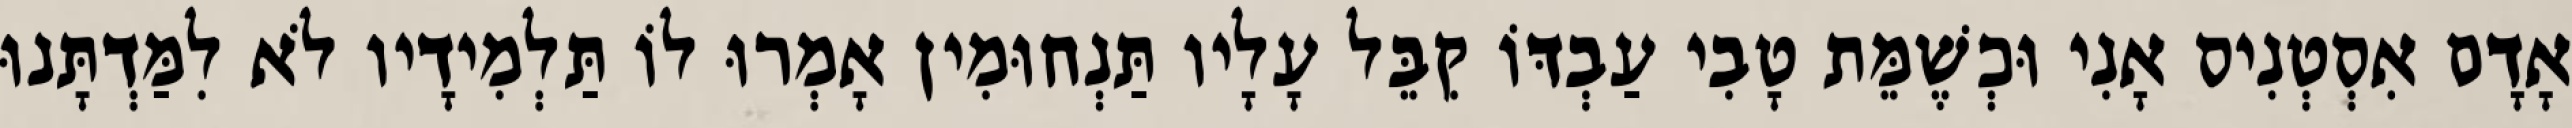
אָדָם אִסְטְנִיס אָנִי וּכְשֶׁמֵּת טָבִי עַבְדּוֹ קִבֵּל עָלָיו תַּנְחוּמִין אָמְרוּ לוֹ תַּלְמִידָיו לֹא לִמַּדְתָּנוּ